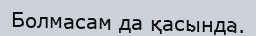
Болмасам да қасында.